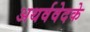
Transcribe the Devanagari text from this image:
अथर्ववेदके